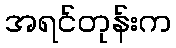
အရင်တုန်းက